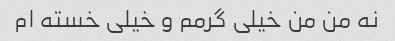
نه من من خیلی گرمم و خیلی خسته ام